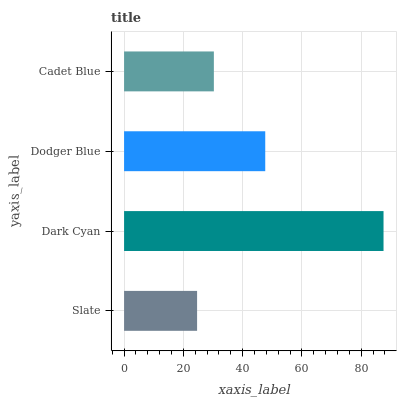
| yaxis_label | bars |
 | --- | --- |
 | Slate | 24.6 |
 | Dark Cyan | 87.5 |
 | Dodger Blue | 47.6 |
 | Cadet Blue | 30.3 |